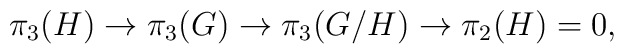
\pi_3 (H) \to \pi_3 (G) \to \pi_3 (G/H) \to \pi_2 (H) =0 ,